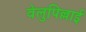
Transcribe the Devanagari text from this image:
वेलुपिल्लाई